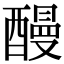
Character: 𨢥